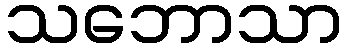
သဘောသာ